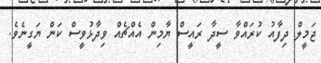
ޖަމީލް ދިފާއު ކުރައްވާ ސީދާ ރައީސް ޔާމިން އެއްޗެއް ވިދާޅުވީސް ކަން ޔަގީނެވެ.